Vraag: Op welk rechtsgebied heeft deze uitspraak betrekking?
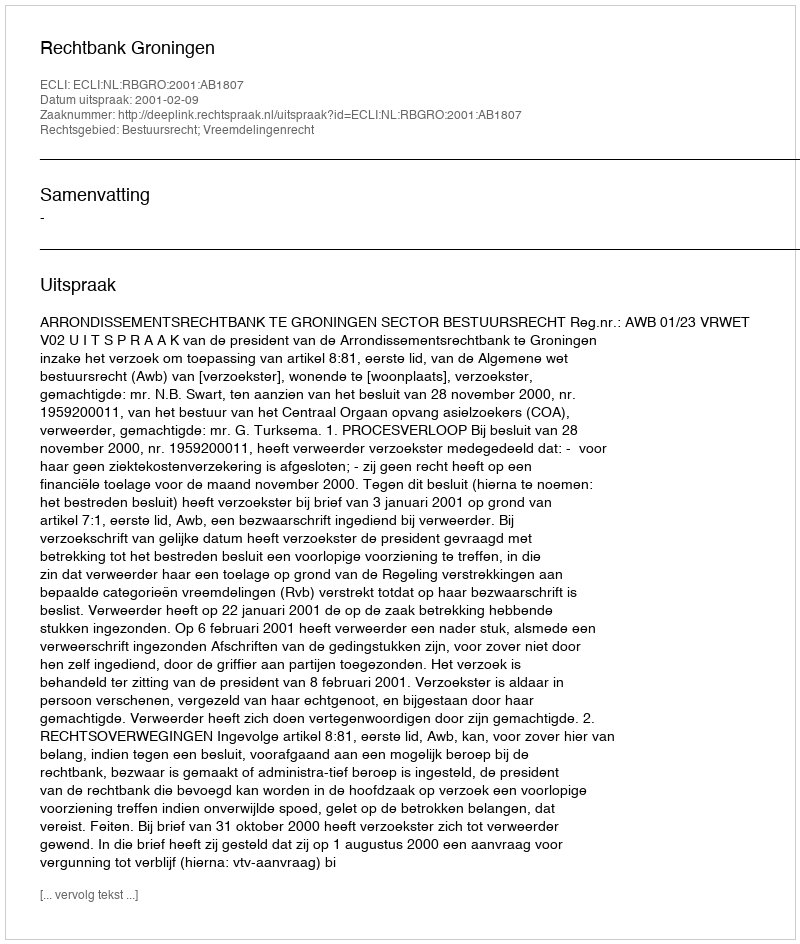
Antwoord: Bestuursrecht; Vreemdelingenrecht